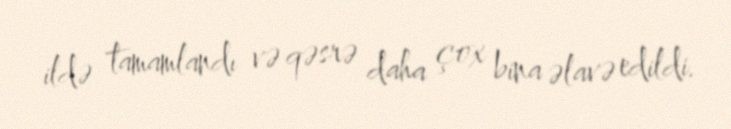
ildə tamamlandı və qəsrə daha çox bina əlavə edildi.